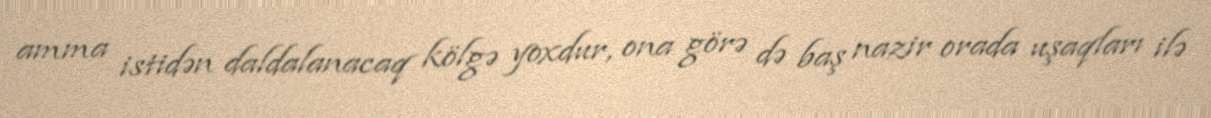
amma istidən daldalanacaq kölgə yoxdur, ona görə də baş nazir orada uşaqları ilə